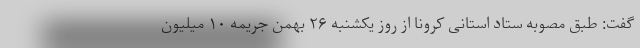
گفت: طبق مصوبه ستاد استانی کرونا از روز یکشنبه ۲۶ بهمن جریمه ۱۰ میلیون